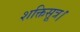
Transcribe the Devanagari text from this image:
शक्तिसूत्र।